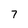
Character: 7